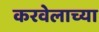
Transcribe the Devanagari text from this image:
करवेलाच्या